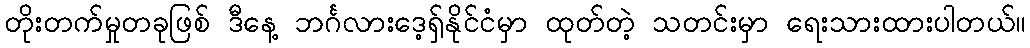
တိုးတက်မှုတခုဖြစ် ဒီနေ့ ဘင်္ဂလားဒေ့ရှ်နိုင်ငံမှာ ထုတ်တဲ့ သတင်းမှာ ရေးသားထားပါတယ်။